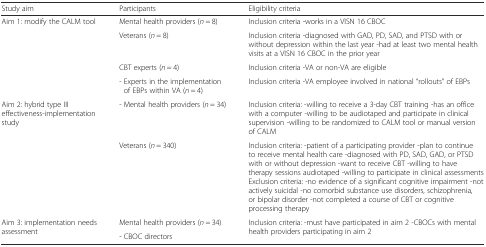
<table><thead><tr><td><b>Study aim</b></td><td><b>Participants</b></td><td><b>Eligibility criteria</b></td></tr></thead><tbody><tr><td rowspan="4">Aim 1: modify the CALM tool</td><td>Mental health providers (<i>n</i> = 8)</td><td>Inclusion criteria -works in a VISN 16 CBOC</td></tr><tr><td>Veterans (<i>n</i> = 8)</td><td>Inclusion criteria -diagnosed with GAD, PD, SAD, and PTSD with or without depression within the last year -had at least two mental health visits at a VISN 16 CBOC in the prior year</td></tr><tr><td>CBT experts (<i>n</i> = 4)</td><td>Inclusion criteria -VA or non-VA are eligible</td></tr><tr><td>- Experts in the implementation of EBPs within VA (<i>n</i> = 4)</td><td>Inclusion criteria -VA employee involved in national “rollouts” of EBPs</td></tr><tr><td rowspan="2">Aim 2: hybrid type III effectiveness-implementation study</td><td>- Mental health providers (<i>n</i> = 34)</td><td>Inclusion criteria: -willing to receive a 3-day CBT training -has an office with a computer -willing to be audiotaped and participate in clinical supervision -willing to be randomized to CALM tool or manual version of CALM</td></tr><tr><td>Veterans (<i>n</i> = 340)</td><td>Inclusion criteria: -patient of a participating provider -plan to continue to receive mental health care -diagnosed with PD, SAD, GAD, or PTSD with or without depression -want to receive CBT -willing to have therapy sessions audiotaped -willing to participate in clinical assessmentsExclusion criteria: -no evidence of a significant cognitive impairment -not actively suicidal -no comorbid substance use disorders, schizophrenia, or bipolar disorder -not completed a course of CBT or cognitive processing therapy</td></tr><tr><td rowspan="2">Aim 3: implementation needs assessment</td><td>Mental health providers (<i>n</i> = 34)</td><td rowspan="2">Inclusion criteria: -must have participated in aim 2 -CBOCs with mental health providers participating in aim 2</td></tr><tr><td>- CBOC directors</td></tr></tbody></table>